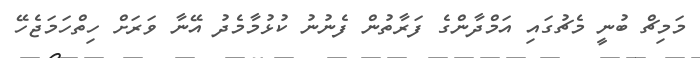
މަމިޗް ބުނީ މެޗުގައި އަމްދާންގެ ފަރާތުން ފެނުނު ކުޅުމާމެދު އޭނާ ވަރަށް ހިތްހަމަޖެހޭ